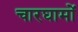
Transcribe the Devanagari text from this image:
चारघामों